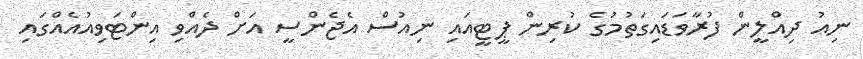
ނިއު ދިއްލީން ފުރާވަޑައިގަތުމުގެ ކުރިން ޕީޓީއައި ނިއުސް އެޖެންސީ އަށް ދެއްވި އިންޓަވިއުއެއްގައި